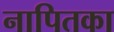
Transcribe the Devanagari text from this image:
नापितका